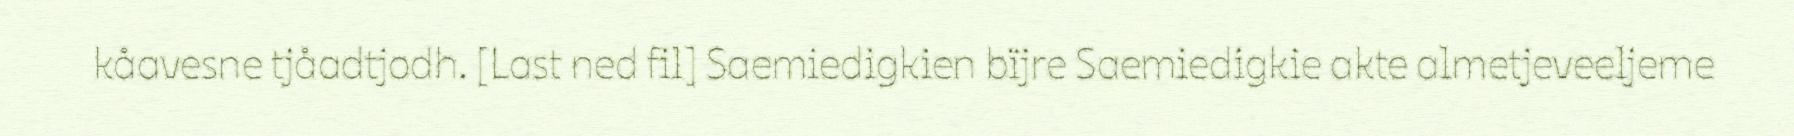
kåavesne tjåadtjodh. [Last ned fil] Saemiedigkien bïjre Saemiedigkie akte almetjeveeljeme